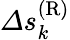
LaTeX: \varDelta s_{k}^{\mathrm{(R)}}